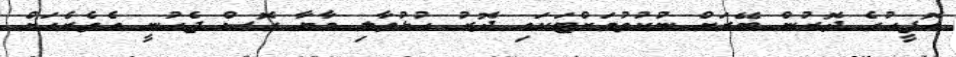
އޮފީހުގެ ދޮރުން ބޭރަށް ނުކުތުމަށްޓަކައި ދޮރު ހުޅުވާލި މާޔާ ގޮސް ޖެހުނީ އެތެރެއަށް